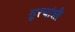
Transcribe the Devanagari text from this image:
सुत्त्यांशी